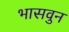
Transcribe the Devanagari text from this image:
भासवुन